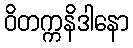
ဝိတက္ကနိဒါနော